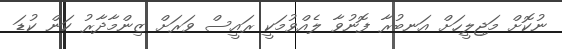
ނުކޮށް މަޖިލީހަށް އަނބުރާ ފޮނުވާ ލެއްވުމަކީ ރައީސް ވަރަށް ޒިންމާދާރު ކަން ކުޑަ